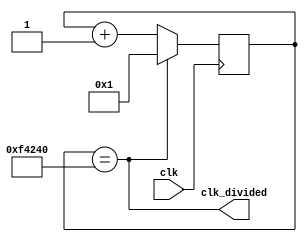
`timescale 1ns / 1ps
//////////////////////////////////////////////////////////////////////////////////
// Company: 
// Engineer: 
// 
// Design Name: 
// Module Name:    clock_20hz
// Project Name: 
// Target Devices: 
// Tool versions: 
// Description: 
//
// Dependencies: 
//
// Revision: 
// Revision 0.01 - File Created
// Additional Comments: 
//
//////////////////////////////////////////////////////////////////////////////////
module clock_20hz(clk, clk_divided
    );
    input clk;
    output clk_divided;
    
    reg [27:0] buffer = 1;
   
    assign clk_divided = buffer == 1000000;
    
    always @(posedge clk)
      if (buffer == 1000000)
        buffer <= 1;
      else
        buffer <= buffer+1;
endmodule